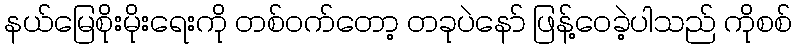
နယ်မြေစိုးမိုးရေးကို တစ်ဝက်တော့ တခုပဲနော် ဖြန့်ဝေခဲ့ပါသည် ကိုစစ်